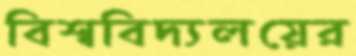
বিশ্ববিদ্যলয়ের